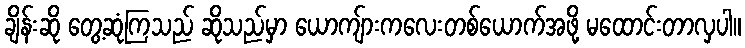
ချိန်းဆို တွေ့ဆုံကြသည် ဆိုသည်မှာ ယောကျ်ားကလေးတစ်ယောက်အဖို့ မထောင်းတာလှပါ။